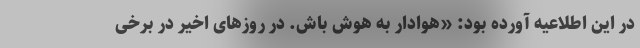
در این اطلاعیه آورده بود: «هوادار به هوش باش. در روزهای اخیر در برخی